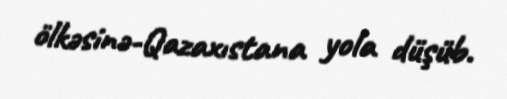
ölkəsinə-Qazaxıstana yola düşüb.